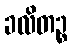
ခလိတဉ္စ